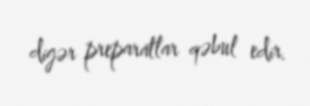
digər preparatlar qəbul edir.